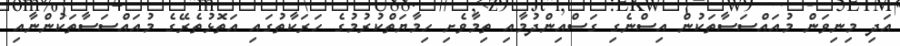
އަދި މިނިވަން މުއައްސަސާތަކުން އިސްނެގި ގަސްއިންދުމާއި ތިމާވެށި ހިމާޔަތްކުރުމުގެ ހަރަކާތުގައި އަތޮޅުތެރޭގެ މުއައްސަސާތަކުންނާއި